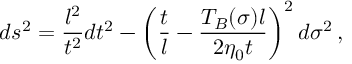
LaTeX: d s ^ { 2 } = \frac { l ^ { 2 } } { t ^ { 2 } } d t ^ { 2 } - \left( \frac t l - \frac { T _ { B } ( \sigma ) l } { 2 \eta _ { 0 } t } \right) ^ { 2 } d \sigma ^ { 2 } \, ,